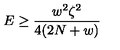
E \geq \frac { w ^ { 2 } \zeta ^ { 2 } } { 4 ( 2 N + w ) }